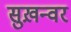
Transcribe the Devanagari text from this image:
सुख़न्वर